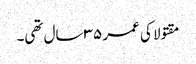
مقتولا کی عمر ٣٥ سال تھی۔